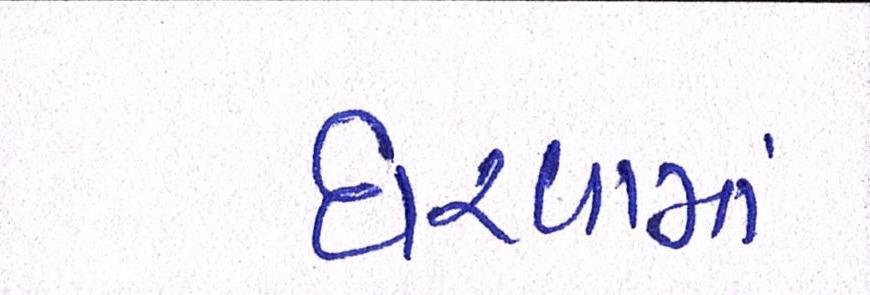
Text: ધરવામાં